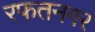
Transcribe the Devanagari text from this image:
रफतनगर